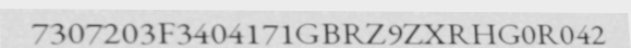
7307203F3404171GBRZ9ZXRHG0R042